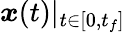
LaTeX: {\boldsymbol{x}}(t)|_{t\in[0,t_{f}]}